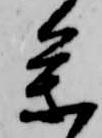
参